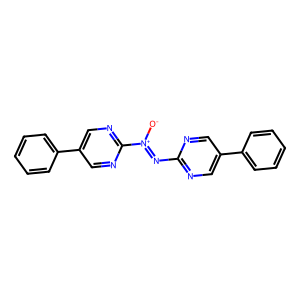
SMILES: [O-][N+](=Nc1ncc(-c2ccccc2)cn1)c1ncc(-c2ccccc2)cn1
Inhibits HIV replication: No